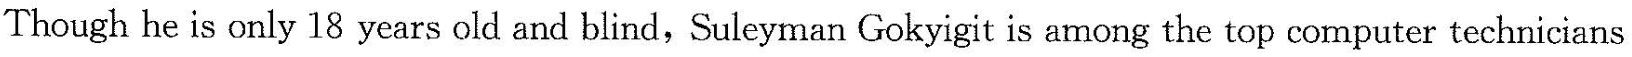
Though he is only 18 years old and blind, Suleyman Gokyigit is among the top computer technicians